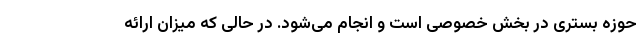
حوزه بستری در بخش خصوصی است و انجام می‌شود. در حالی که میزان ارائه